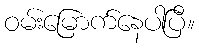
ဝမ်းမြောက်နေပါပြီ။